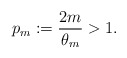
\begin{align*}p_m:=\frac{2m}{\theta_m}>1.\end{align*}